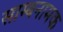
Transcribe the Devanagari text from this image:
साम्बनामक